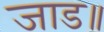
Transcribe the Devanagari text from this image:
जाड॥